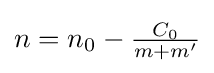
\textstyle n=n_{0}-{\frac {C_{0}}{m+m'}}